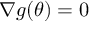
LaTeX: \nabla g ( \theta ) = 0